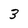
Character: 3